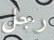
رجل